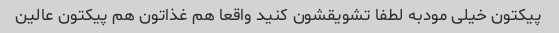
پیکتون خیلی مودبه لطفا تشویقشون کنید واقعا هم غذاتون هم پیکتون عالین